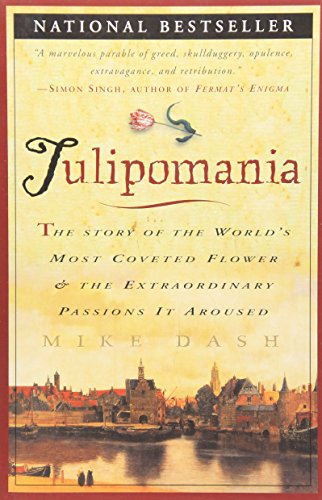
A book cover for Tulipomania : The Story of the World's Most Coveted Flower & the Extraordinary Passions It Aroused; Mike Dash; History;